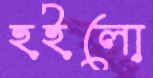
হইলো